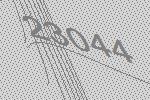
23044